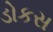
ડોકસ